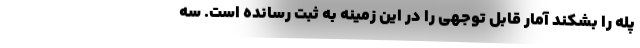
پله را بشکند آمار قابل توجهی را در این زمینه به ثبت رسانده است. سه